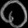
Digit: ၀